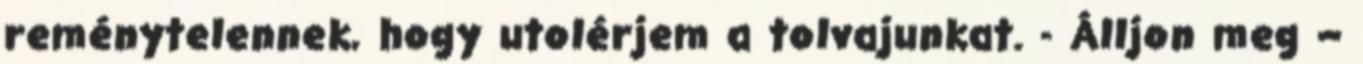
reménytelennek, hogy utolérjem a tolvajunkat. - Álljon meg –